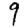
Digit: 9